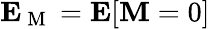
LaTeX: \boldsymbol{\mathbf{E}}_{\mathrm{~M~}}=\boldsymbol{\mathbf{E}}[\boldsymbol{\mathbf{M}}=0]